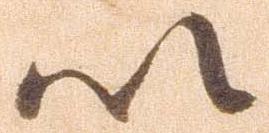
以